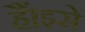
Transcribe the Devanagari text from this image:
हैं।इसे